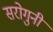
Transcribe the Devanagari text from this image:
सरोगुनी